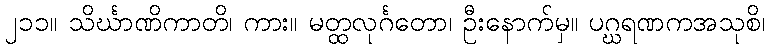
၂၁၁။ သိင်္ဃာဏိကာတိ၊ ကား။ မတ္ထလုင်္ဂတော၊ ဦးနောက်မှ။ ပဂ္ဃရဏကအသုစိ၊